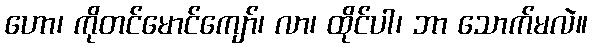
ဟော၊ ကိုတင်မောင်ကျော်၊ လာ၊ ထိုင်ပါ၊ ဘာ သောက်မလဲ။